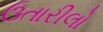
ઉતારીલો